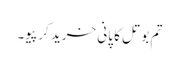
تم بوتل کا پانی خرید کر پیو۔